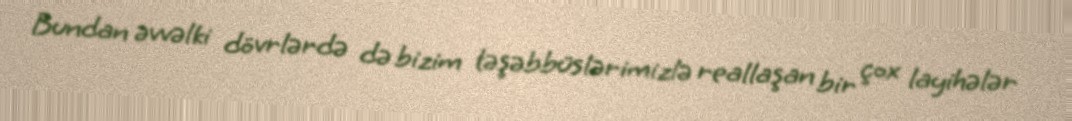
Bundan əvvəlki dövrlərdə də bizim təşəbbüslərimizlə reallaşan bir çox layihələr